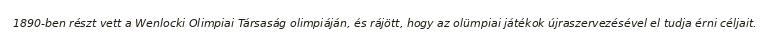
1890-ben részt vett a Wenlocki Olimpiai Társaság olimpiáján, és rájött, hogy az olümpiai játékok újraszervezésével el tudja érni céljait.